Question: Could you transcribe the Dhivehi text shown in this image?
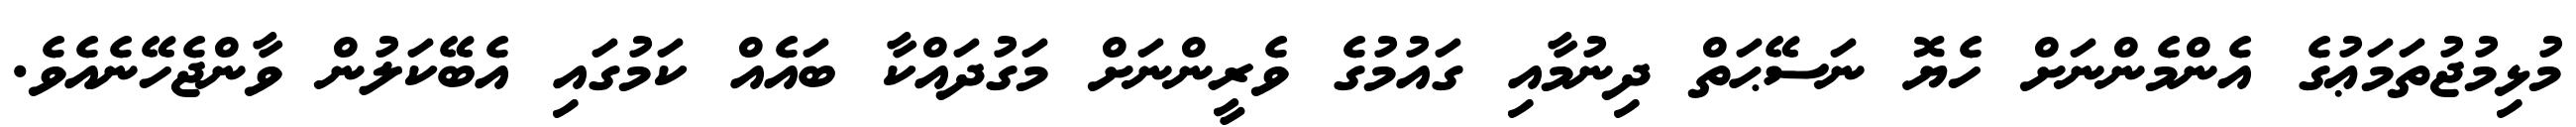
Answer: މުޅިމުޖުތަމަޢުގެ އެންމެންނަށް ހެޔޮ ނަސޭޙަތް ދިނުމާއި ގައުމުގެ ވެރީންނަށް މަގުދައްކާ ބައެއް ކަމުގައި އެބޭކަލުން ވާންޖެހޭނެއެވެ.